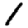
Digit: 1